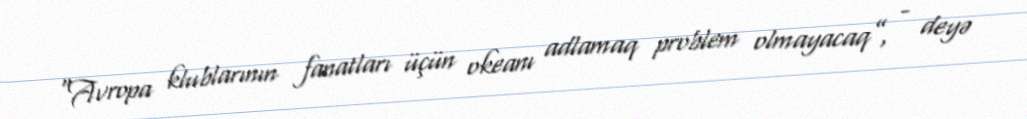
“Avropa klublarının fanatları üçün okeanı adlamaq problem olmayacaq”, - deyə